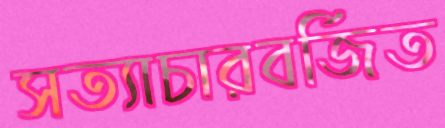
সত্যাচারবর্জিত